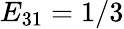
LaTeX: E_{31}=1/3